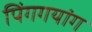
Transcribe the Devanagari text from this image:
पिंगगयांग